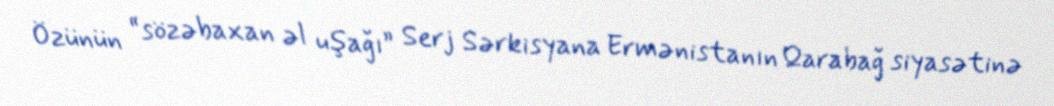
Özünün “sözəbaxan əl uşağı” Serj Sərkisyana Ermənistanın Qarabağ siyasətinə